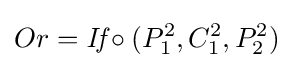
Or={\textit {If}}\circ (P_{1}^{2},C_{1}^{2},P_{2}^{2})